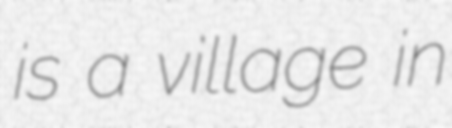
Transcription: is a village in